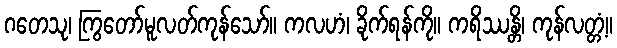
ဂတေသု၊ ကြွတော်မူလတ်ကုန်သော်။ ကလဟံ၊ ခိုက်ရန်ကို။ ကရိဿန္တိ၊ ကုန်လတ္တံ့။